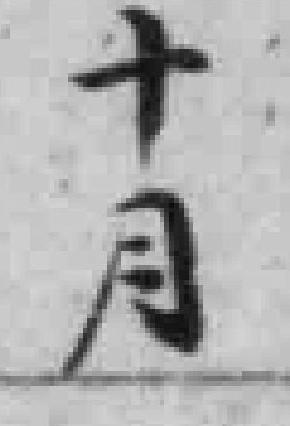
十月